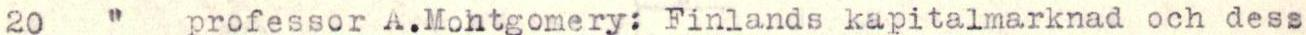
20   "   professor A.Montgomery: Finlands kapitalmarknad och dess